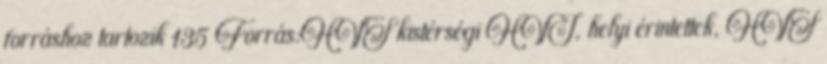
forráshoz tartozik 135 Forrás:HVS kistérségi HVI, helyi érintettek, HVS